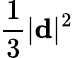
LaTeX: \frac 13|{\mathbf d}|^{2}